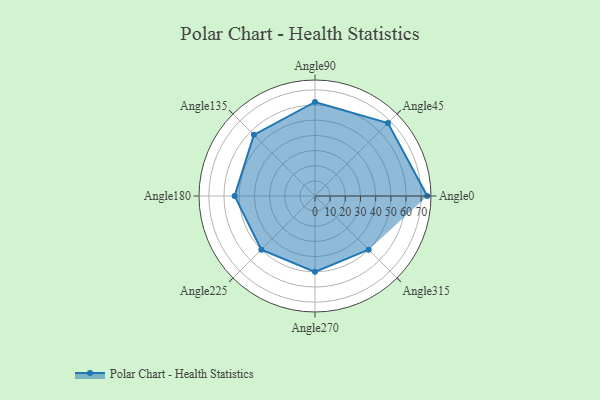
{"axis": {"x": "Angle", "y": "Radius"}, "legend": [""], "data": [{"x": "Angle0", "y": 74.0, "type": ""}, {"x": "Angle45", "y": 68.0, "type": ""}, {"x": "Angle90", "y": 62.0, "type": ""}, {"x": "Angle135", "y": 57.0, "type": ""}, {"x": "Angle180", "y": 53.0, "type": ""}, {"x": "Angle225", "y": 50, "type": ""}, {"x": "Angle270", "y": 50, "type": ""}, {"x": "Angle315", "y": 50, "type": ""}]}